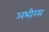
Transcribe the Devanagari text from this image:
अभीरस